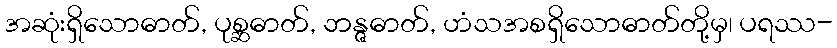
အဆုံးရှိသောဓာတ်, ပုစ္ဆဓာတ်, ဘန္ဇဓာတ်, ဟံသအစရှိသောဓာတ်တို့မှ၊ ပရဿ-